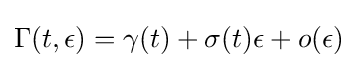
\Gamma (t,\epsilon )=\gamma (t)+\sigma (t)\epsilon +o(\epsilon )